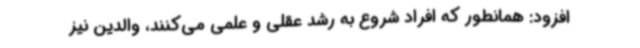
افزود: همانطور که افراد شروع به رشد عقلی و علمی می‌کنند، والدین نیز